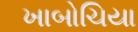
ખાબોચિયા